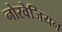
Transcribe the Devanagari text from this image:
नोरवेजियन